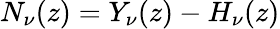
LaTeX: N_{\nu}(z)=Y_{\nu}(z)-H_{\nu}(z)